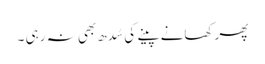
پھر کھانے پینے کی سُدھ بھی نہ رہی ۔